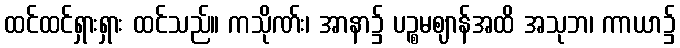
ထင်ထင်ရှားရှား ထင်သည်။ ကသိုဏ်း၊ အာနာ၌ ပဉ္စမဈာန်အထိ အသုဘ၊ ကာယာ၌